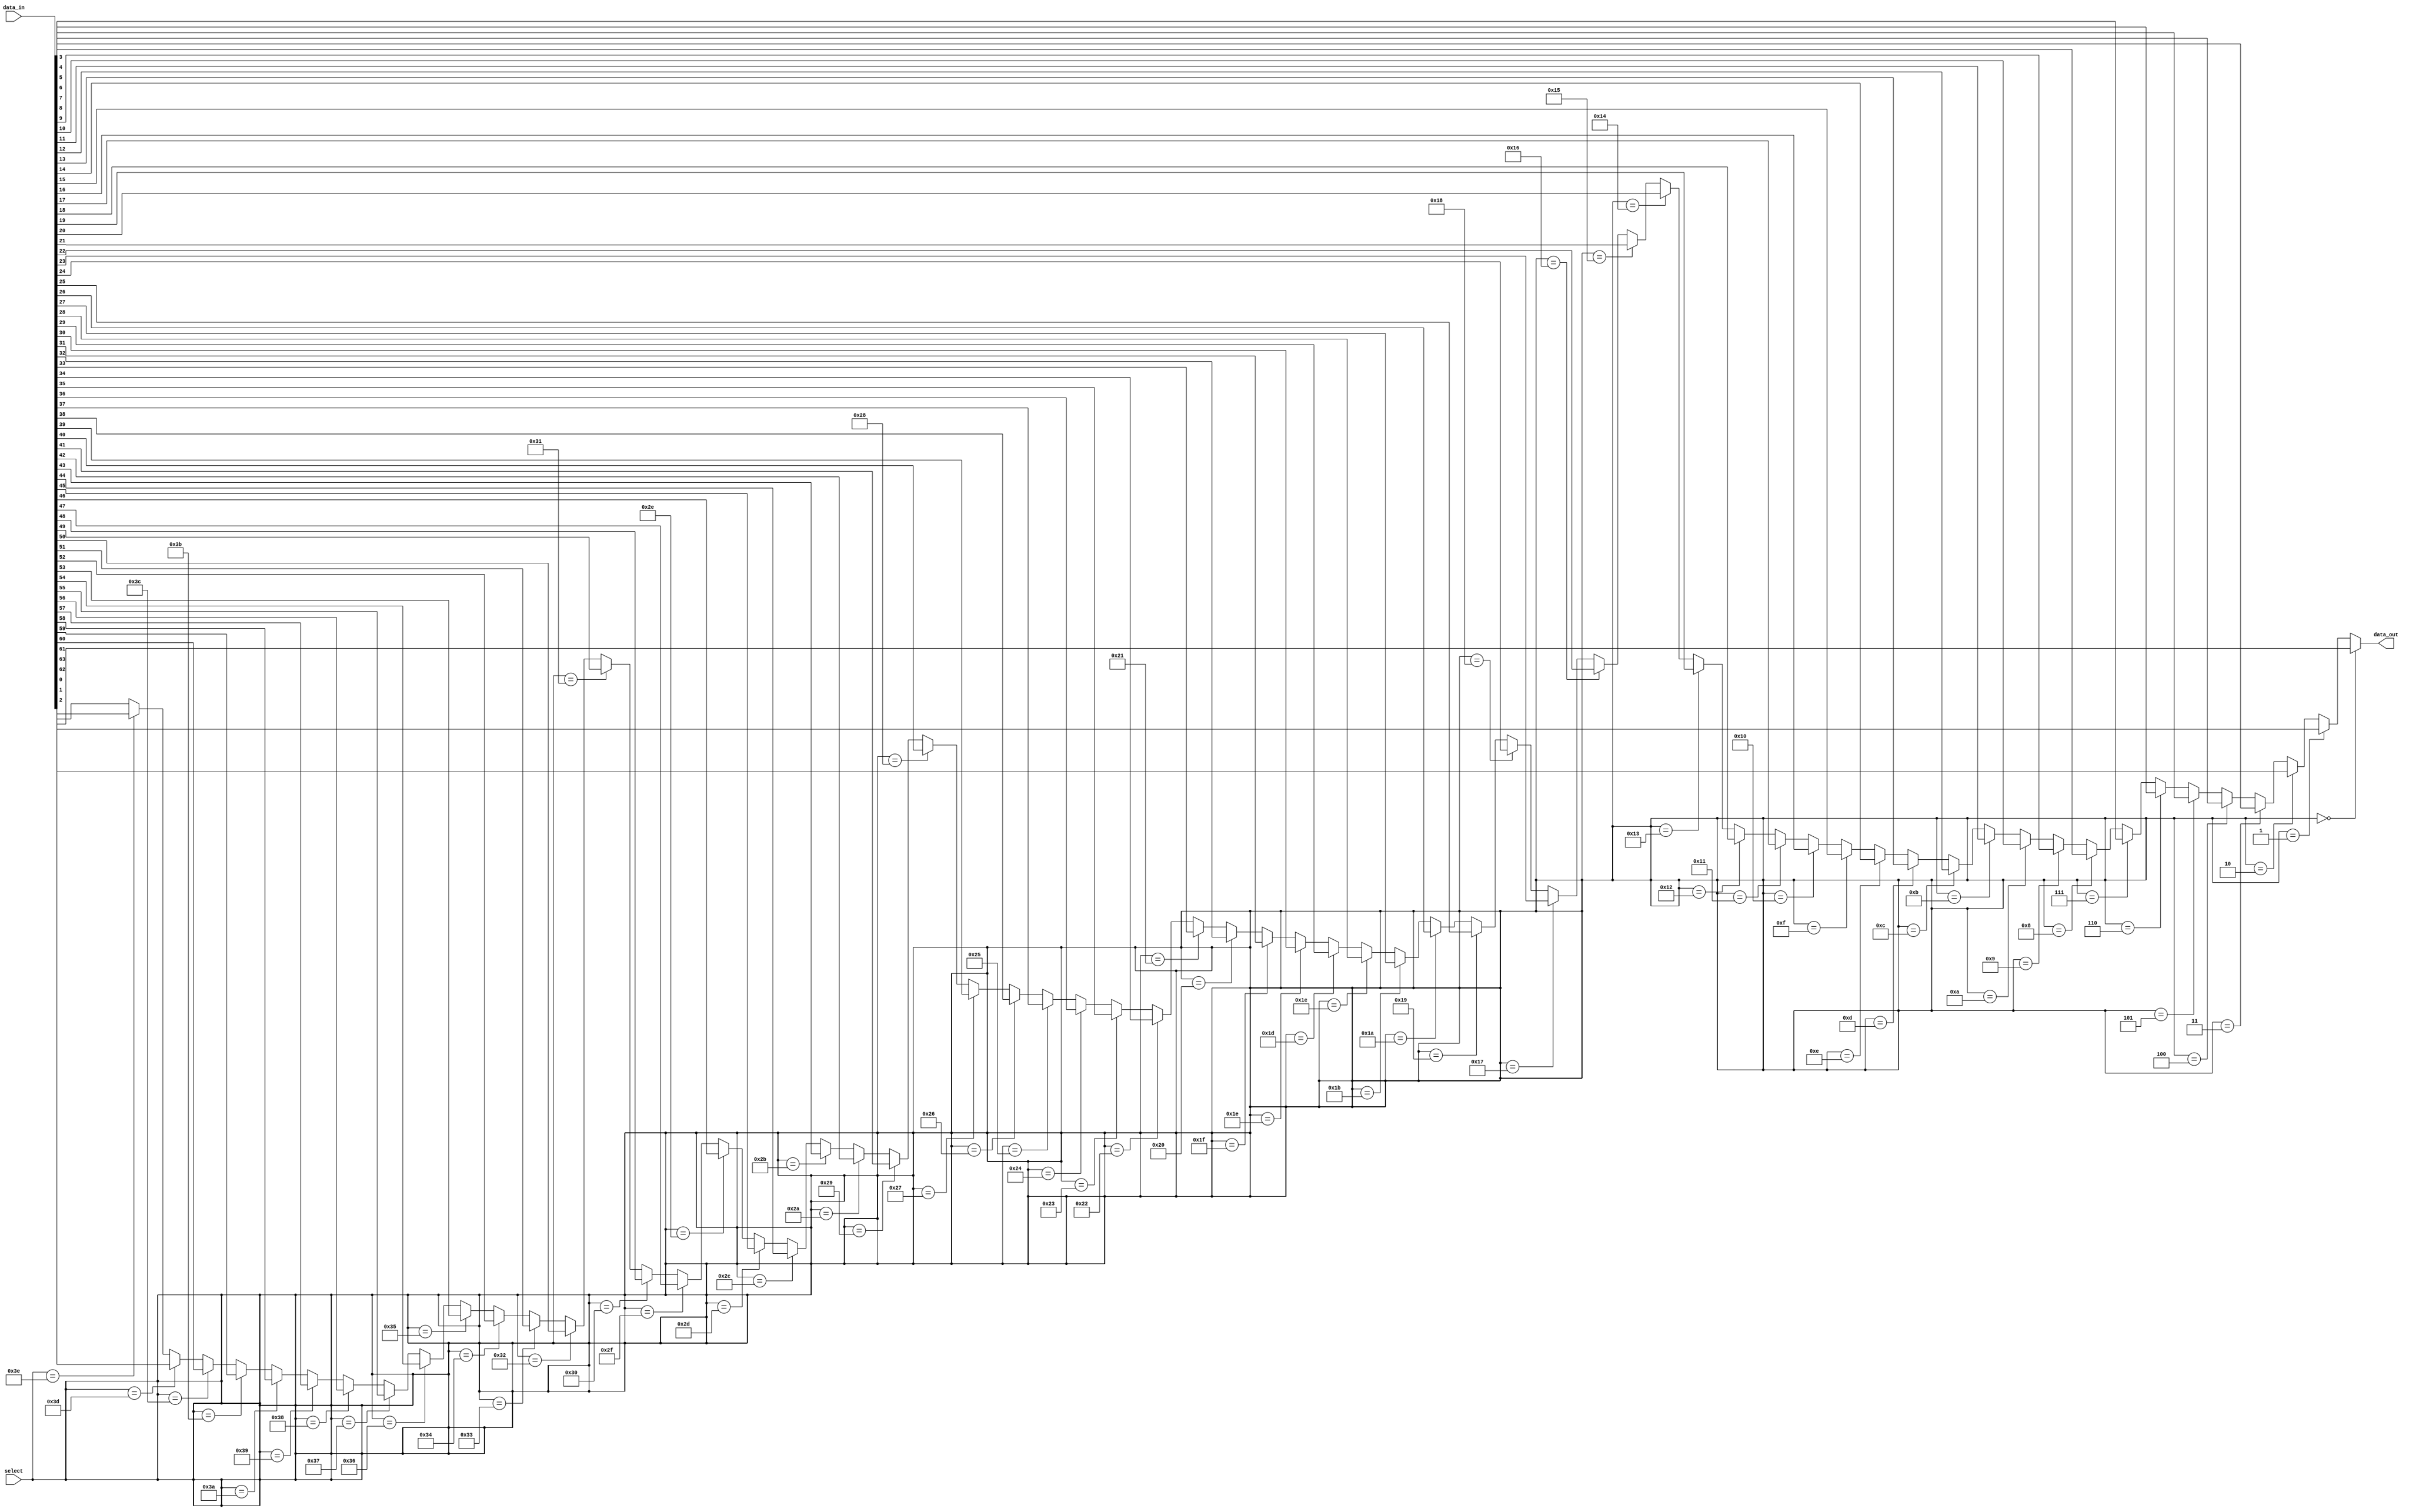
module multiplexer_64to1 (
    input wire [63:0] data_in,
    input wire [5:0] select,
    output wire data_out
);

assign data_out = (select == 6'b000000) ? data_in[0] :
                 (select == 6'b000001) ? data_in[1] :
                 (select == 6'b000010) ? data_in[2] :
                 (select == 6'b000011) ? data_in[3] :
                 (select == 6'b000100) ? data_in[4] :
                 (select == 6'b000101) ? data_in[5] :
                 (select == 6'b000110) ? data_in[6] :
                 (select == 6'b000111) ? data_in[7] :
                 (select == 6'b001000) ? data_in[8] :
                 (select == 6'b001001) ? data_in[9] :
                 (select == 6'b001010) ? data_in[10] :
                 (select == 6'b001011) ? data_in[11] :
                 (select == 6'b001100) ? data_in[12] :
                 (select == 6'b001101) ? data_in[13] :
                 (select == 6'b001110) ? data_in[14] :
                 (select == 6'b001111) ? data_in[15] :
                 (select == 6'b010000) ? data_in[16] :
                 (select == 6'b010001) ? data_in[17] :
                 (select == 6'b010010) ? data_in[18] :
                 (select == 6'b010011) ? data_in[19] :
                 (select == 6'b010100) ? data_in[20] :
                 (select == 6'b010101) ? data_in[21] :
                 (select == 6'b010110) ? data_in[22] :
                 (select == 6'b010111) ? data_in[23] :
                 (select == 6'b011000) ? data_in[24] :
                 (select == 6'b011001) ? data_in[25] :
                 (select == 6'b011010) ? data_in[26] :
                 (select == 6'b011011) ? data_in[27] :
                 (select == 6'b011100) ? data_in[28] :
                 (select == 6'b011101) ? data_in[29] :
                 (select == 6'b011110) ? data_in[30] :
                 (select == 6'b011111) ? data_in[31] :
                 (select == 6'b100000) ? data_in[32] :
                 (select == 6'b100001) ? data_in[33] :
                 (select == 6'b100010) ? data_in[34] :
                 (select == 6'b100011) ? data_in[35] :
                 (select == 6'b100100) ? data_in[36] :
                 (select == 6'b100101) ? data_in[37] :
                 (select == 6'b100110) ? data_in[38] :
                 (select == 6'b100111) ? data_in[39] :
                 (select == 6'b101000) ? data_in[40] :
                 (select == 6'b101001) ? data_in[41] :
                 (select == 6'b101010) ? data_in[42] :
                 (select == 6'b101011) ? data_in[43] :
                 (select == 6'b101100) ? data_in[44] :
                 (select == 6'b101101) ? data_in[45] :
                 (select == 6'b101110) ? data_in[46] :
                 (select == 6'b101111) ? data_in[47] :
                 (select == 6'b110000) ? data_in[48] :
                 (select == 6'b110001) ? data_in[49] :
                 (select == 6'b110010) ? data_in[50] :
                 (select == 6'b110011) ? data_in[51] :
                 (select == 6'b110100) ? data_in[52] :
                 (select == 6'b110101) ? data_in[53] :
                 (select == 6'b110110) ? data_in[54] :
                 (select == 6'b110111) ? data_in[55] :
                 (select == 6'b111000) ? data_in[56] :
                 (select == 6'b111001) ? data_in[57] :
                 (select == 6'b111010) ? data_in[58] :
                 (select == 6'b111011) ? data_in[59] :
                 (select == 6'b111100) ? data_in[60] :
                 (select == 6'b111101) ? data_in[61] :
                 (select == 6'b111110) ? data_in[62] :
                                      data_in[63];
endmodule